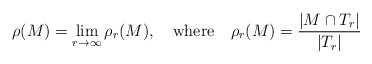
\begin{align*}\rho(M) = \lim_{r\to\infty} \rho_r(M), \ \ \ \mbox{where} \ \ \ \rho_r(M) = \frac{|M \cap T_r|} {|T_r|}\end{align*}